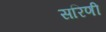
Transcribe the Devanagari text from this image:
सरिणी